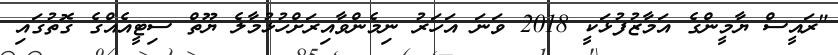
"ރައީސް ޔާމީންގެ އަމާޒުފުޅަކީ 2018 ވަނަ އަހަރު ނިމެންވާއިރަށްހުޅުމާލެ ޔޫތް ސިޓީއެއްގެ ގޮތުގައި